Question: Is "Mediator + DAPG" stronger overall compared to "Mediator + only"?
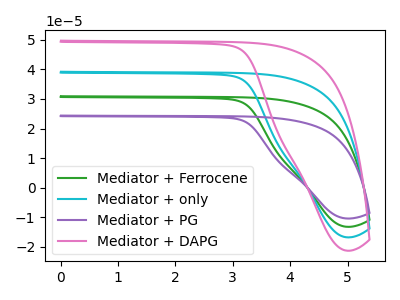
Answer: <think>The green curve "Mediator + Ferrocene" has no peaks. The cyan curve "Mediator + only" has no peaks. The purple curve "Mediator + PG" has no peaks. The pink curve "Mediator + DAPG" has no peaks.
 Neither "Mediator + DAPG" or "Mediator + only" have any peaks.</think>
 <answer>I cant tell if "Mediator + DAPG" or "Mediator + only" has more signal.</answer>
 <eval>mixed_signal</eval>